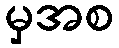
မှအစ